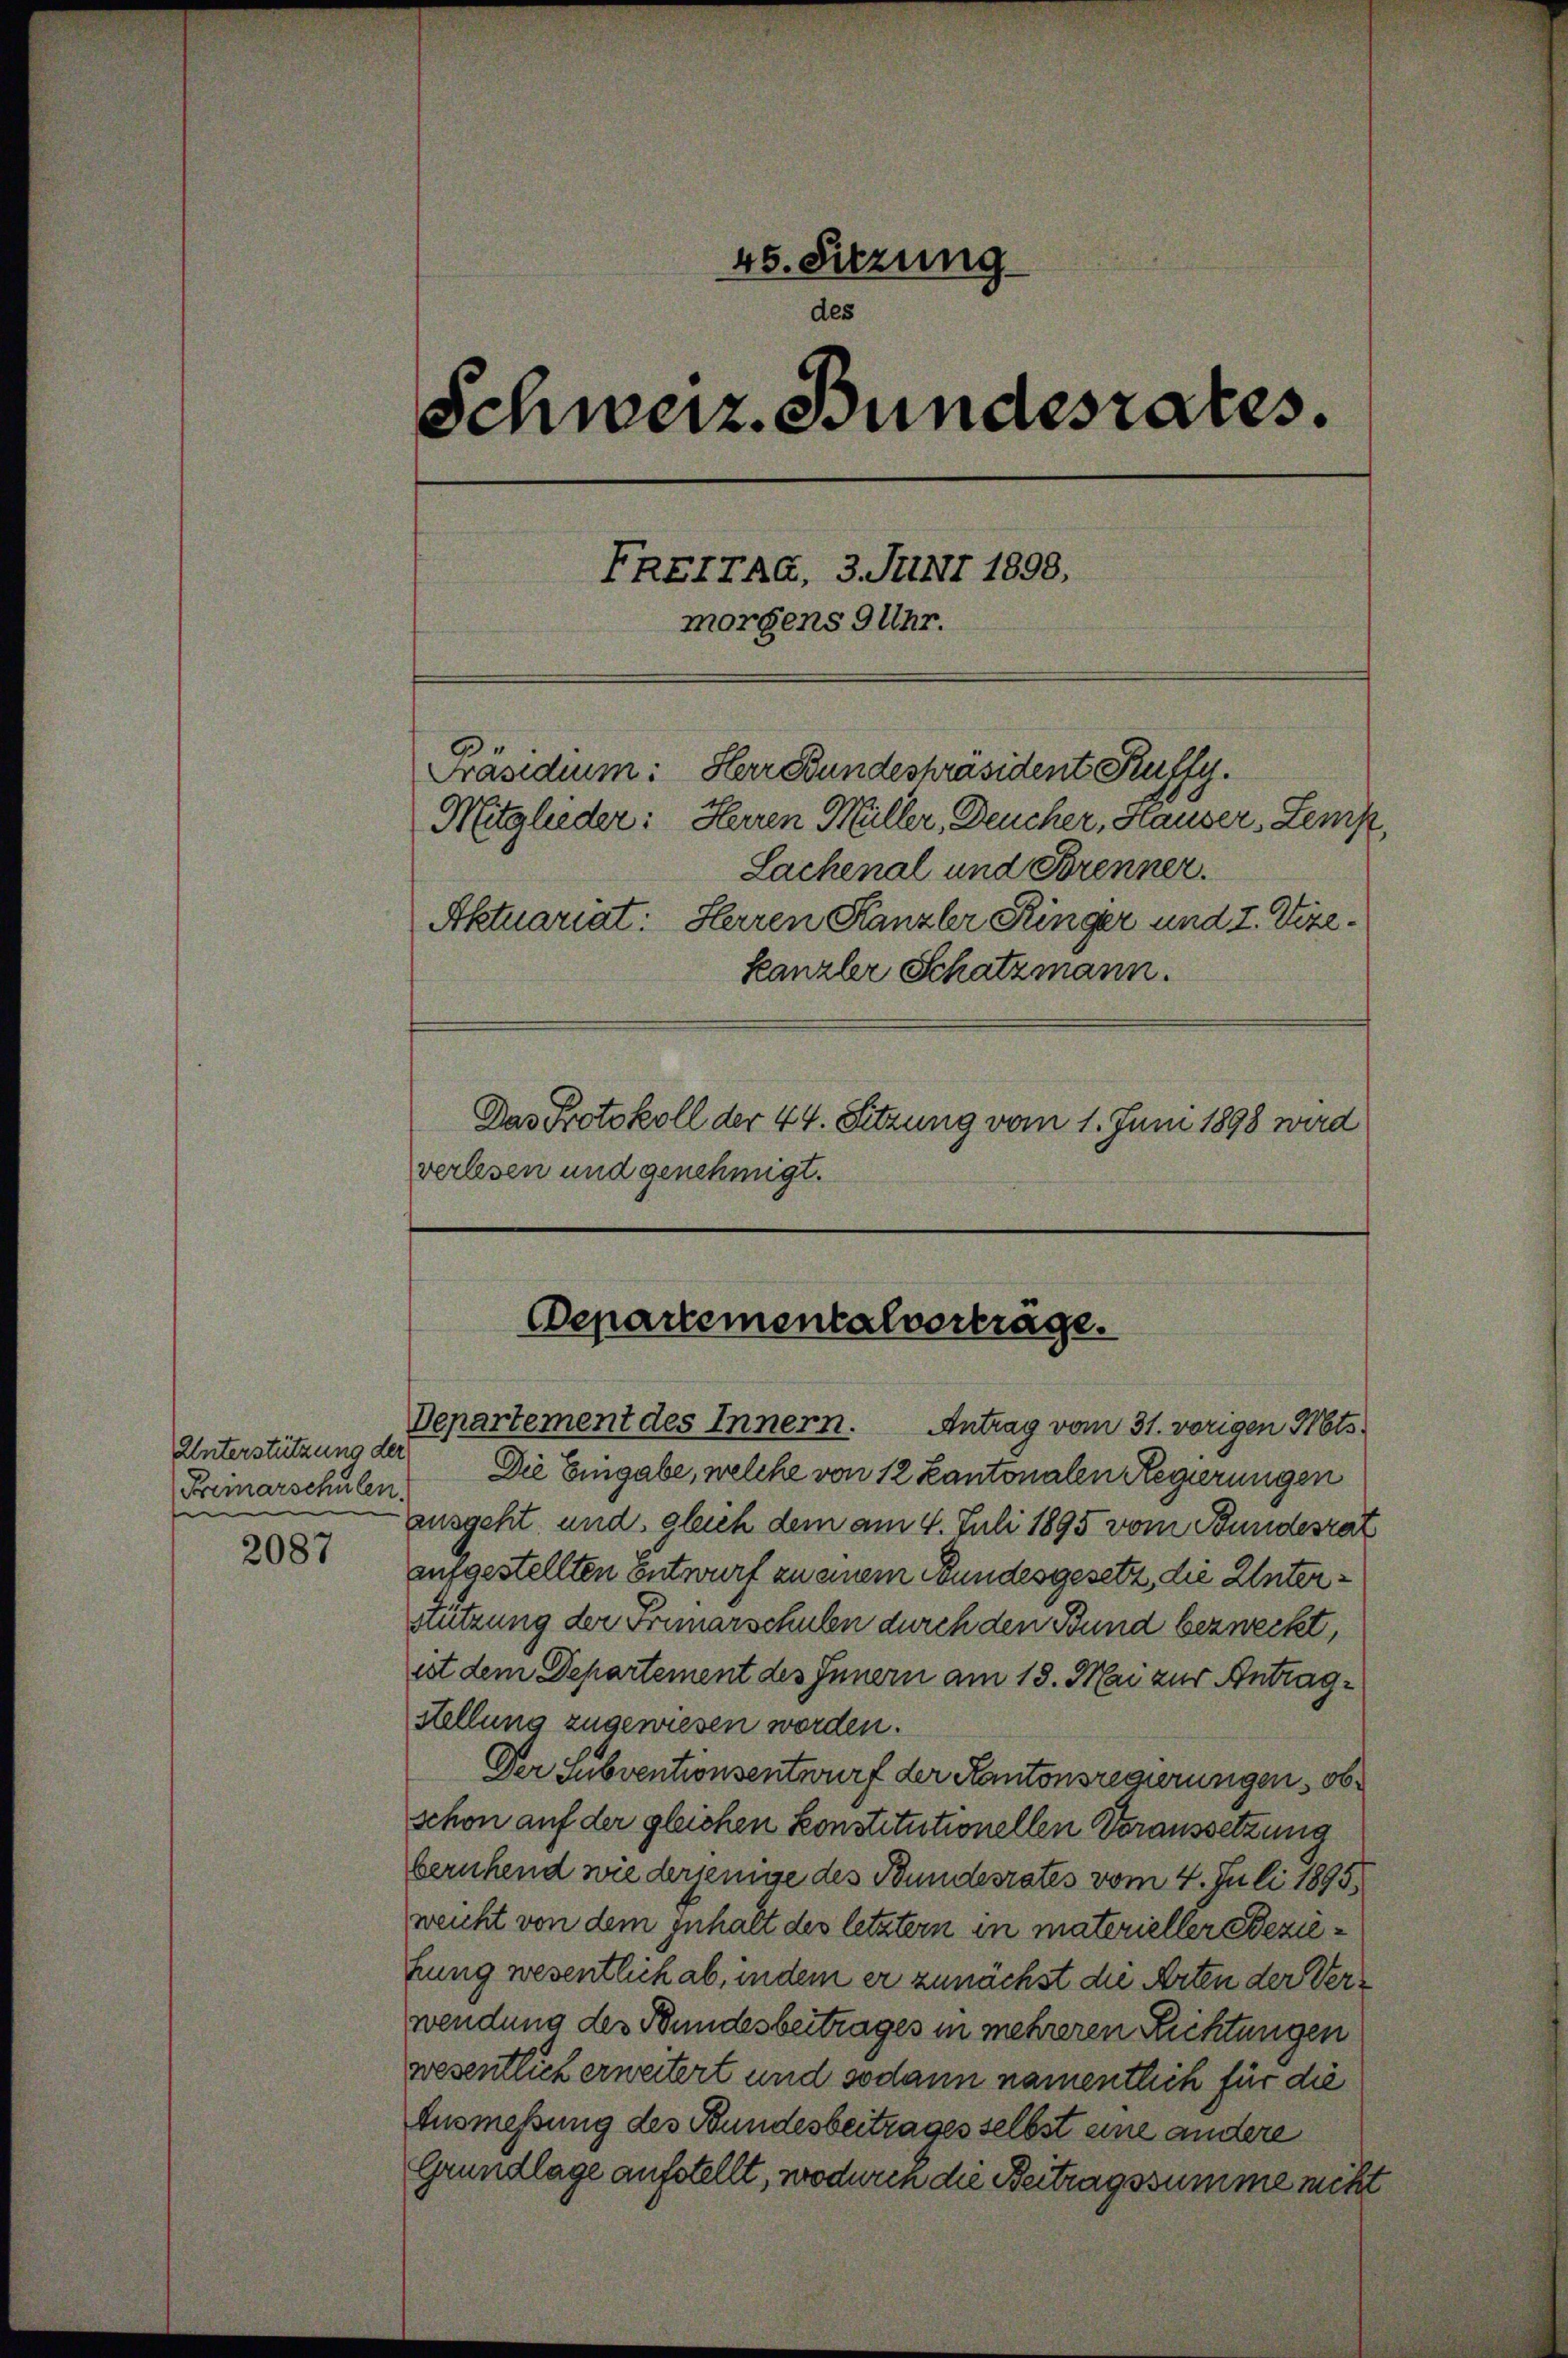
Unterstützung der
Primarschulen.
e

2087

45. Sitzung
des
Schweiz. Bundesrates.
ERETTAG, 3. Juni 1898,
morgens 9 Uhr.
Herr Bundespräsident Kuffy.
Präsidium:
Mitglieder: Herren Müller, Deucher, Hauser, Lemp,
Lachenal und Brenner.
Aktuariat: Herren Kanzler Ringer und 7. Vize¬
Kanzler Schatzmann.

Das Protokoll der 44. Setzung vom 1. Juni 1898 wird
verlesen und genehmigt.

Die Eingabe, welche von 12 Kantonalen Regierungen
ausgeht und gleich dem am 4. Juli 1895 vom Bundesrat
aufgestellten Entwurf zu einem Bundesgesetz, die Unterstützung der Primarschulen durch den Bund bezweckt,
ist dem Departement des Innern am 18. Mai zur Antragstellung zugewiesen worden.
Der Subventionsentwurf der Kantonsregierungen, ob
schon auf der gleichen konstitutionellen Voraussetzung
beruhend wie derjenige des Bundesrates vom 4. Juli 1895.
weicht von dem Inhalt des letztern in materieller Beziehung wesentlich ab, indem er zunächst die Arten der Verwendung des Bundesbeitrages in mehreren Richtungen
wesentlich erweitert und sodann namentlich für die
Ausmessung des Bundesbeitrages selbst eine andere
Grundlage aufstellt, wodurch die Beitragssumme nicht

Departementalverträge.
Departement des Innern.
Antrag vom 31. vorigen Nots.